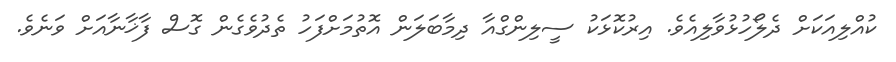
ކުއްލިއަކަށް ދެލޯހުޅުވާލިއެވެ. އިރުކޮޅަކު ސީލިންގްއާ ދިމާބަލަން އޮތުމަށްފަހު ތެދުވެގެން ގޮސް ފާޚާނާއަށް ވަނެވެ.